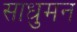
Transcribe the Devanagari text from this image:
साधुमन